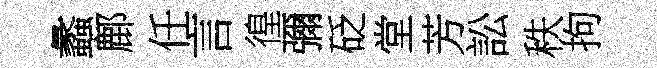
蠡鄜任言徨彌砭堂芳訟秩拘